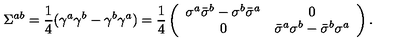
\Sigma ^ { a b } = \frac { 1 } { 4 } ( \gamma ^ { a } \gamma ^ { b } - \gamma ^ { b } \gamma ^ { a } ) = \frac { 1 } { 4 } \left( \begin{array} { c c } { \sigma ^ { a } \bar { \sigma } ^ { b } - \sigma ^ { b } \bar { \sigma } ^ { a } } & { 0 } \\ { 0 } & { \bar { \sigma } ^ { a } \sigma ^ { b } - \bar { \sigma } ^ { b } \sigma ^ { a } } \\ \end{array} \right) .